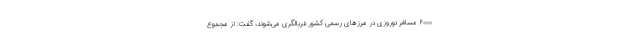
۶۰۰۰ مسافر نوروزی در مرزهای رسمی کشور غربالگری می‌شوند، گفت:‌ از مجموع